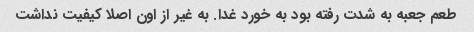
طعم جعبه به شدت رفته بود به خورد غدا. به غیر از اون اصلا کیفیت نداشت